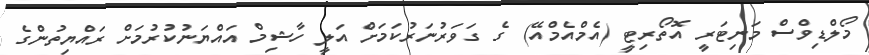
މޯލްޑިވްސް މަނިޓަރީ އޮތޯރިޓީ (އެމްއެމްއޭ) ގެ ގަވަރުނަރުކަމަށް އަލީ ހާޝިމް އައްޔަނުކުރުމަށް ރައްޔިތުންގެ